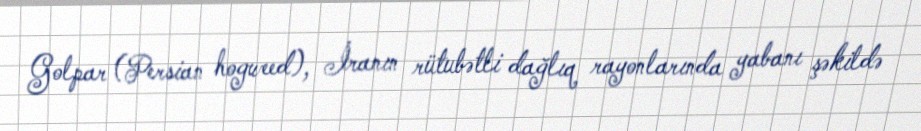
Golpar (Persian hogweed), İranın rütubətli dağlıq rayonlarında yabanı şəkildə